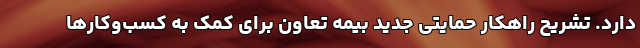
دارد. تشریح راهکار حمایتی جدید بیمه‌ تعاون برای کمک به کسب‌وکارها